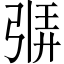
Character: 𫸷